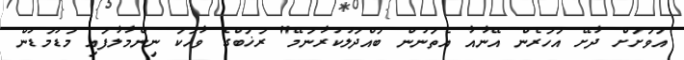
އަވަށަށް ދާށޭ އަހަރެން އޭނާއާ އެތަނުން ބައްދަލުކުރާނަމޭ" ރަޚަބްގެ ވާހަކަ ނިންމާލާފައި މަޑުމަޑުން